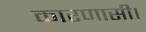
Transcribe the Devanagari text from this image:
कारणासी।